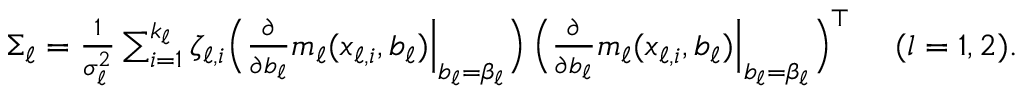
\begin{array} { r } { \Sigma _ { \ell } = \frac { 1 } { \sigma _ { \ell } ^ { 2 } } \sum _ { i = 1 } ^ { k _ { \ell } } \zeta _ { \ell , i } \Big ( \frac { \partial } { \partial b _ { \ell } } m _ { \ell } ( x _ { \ell , i } , b _ { \ell } ) \Big | _ { b _ { \ell } = \beta _ { \ell } } \Big ) \thinspace \Big ( \frac { \partial } { \partial b _ { \ell } } m _ { \ell } ( x _ { \ell , i } , b _ { \ell } ) \Big | _ { b _ { \ell } = \beta _ { \ell } } \Big ) ^ { \top } ~ ~ ~ ~ ( l = 1 , 2 ) . ~ ~ ~ ~ } \end{array}